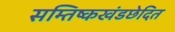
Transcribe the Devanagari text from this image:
सम्तिष्कखंडछेदित